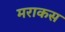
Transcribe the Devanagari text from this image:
मराकस